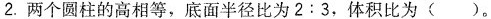
2.两个圆柱的高相等，底面半径比为2:3，体积比为()。